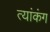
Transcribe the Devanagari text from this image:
त्यांकंग